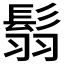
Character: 𩭅